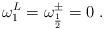
LaTeX: \begin{align*}\omega_1^L=\omega^{\pm}_{\frac{1}{2}} =0 \;.\end{align*}